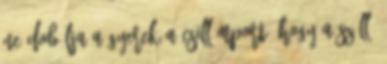
ne dobálja a gyerek a csillámport, hogy a szálló